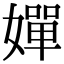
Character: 嬋